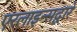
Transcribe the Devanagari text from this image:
एरलाइन्सद्वारे